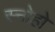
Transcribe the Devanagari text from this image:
स्नोहो